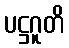
ပဋ္ဌဂူတိ